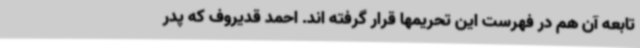
تابعه آن هم در فهرست این تحریمها قرار گرفته اند. احمد قدیروف که پدر